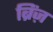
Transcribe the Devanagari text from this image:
ब्रिंज़